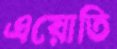
এয়োতি